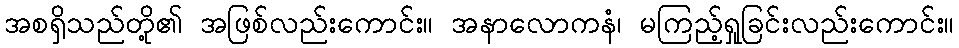
အစရှိသည်တို့၏ အဖြစ်လည်းကောင်း။ အနာလောကနံ၊ မကြည့်ရှုခြင်းလည်းကောင်း။